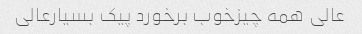
عالی همه چیزخوب برخورد پیک بسیارعالی